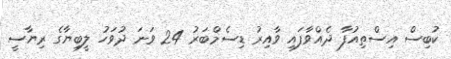
ކުބިސް އިސްތިއުފާ ދެއްވާފައި ވާއިރު ޑިސެމްބަރު 24 ވަނަ ދުވަހު ލީބިޔާގެ ރިޔާސީ